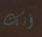
أنك